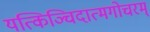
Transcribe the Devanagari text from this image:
यत्किञ्चिदात्मगोचरम्